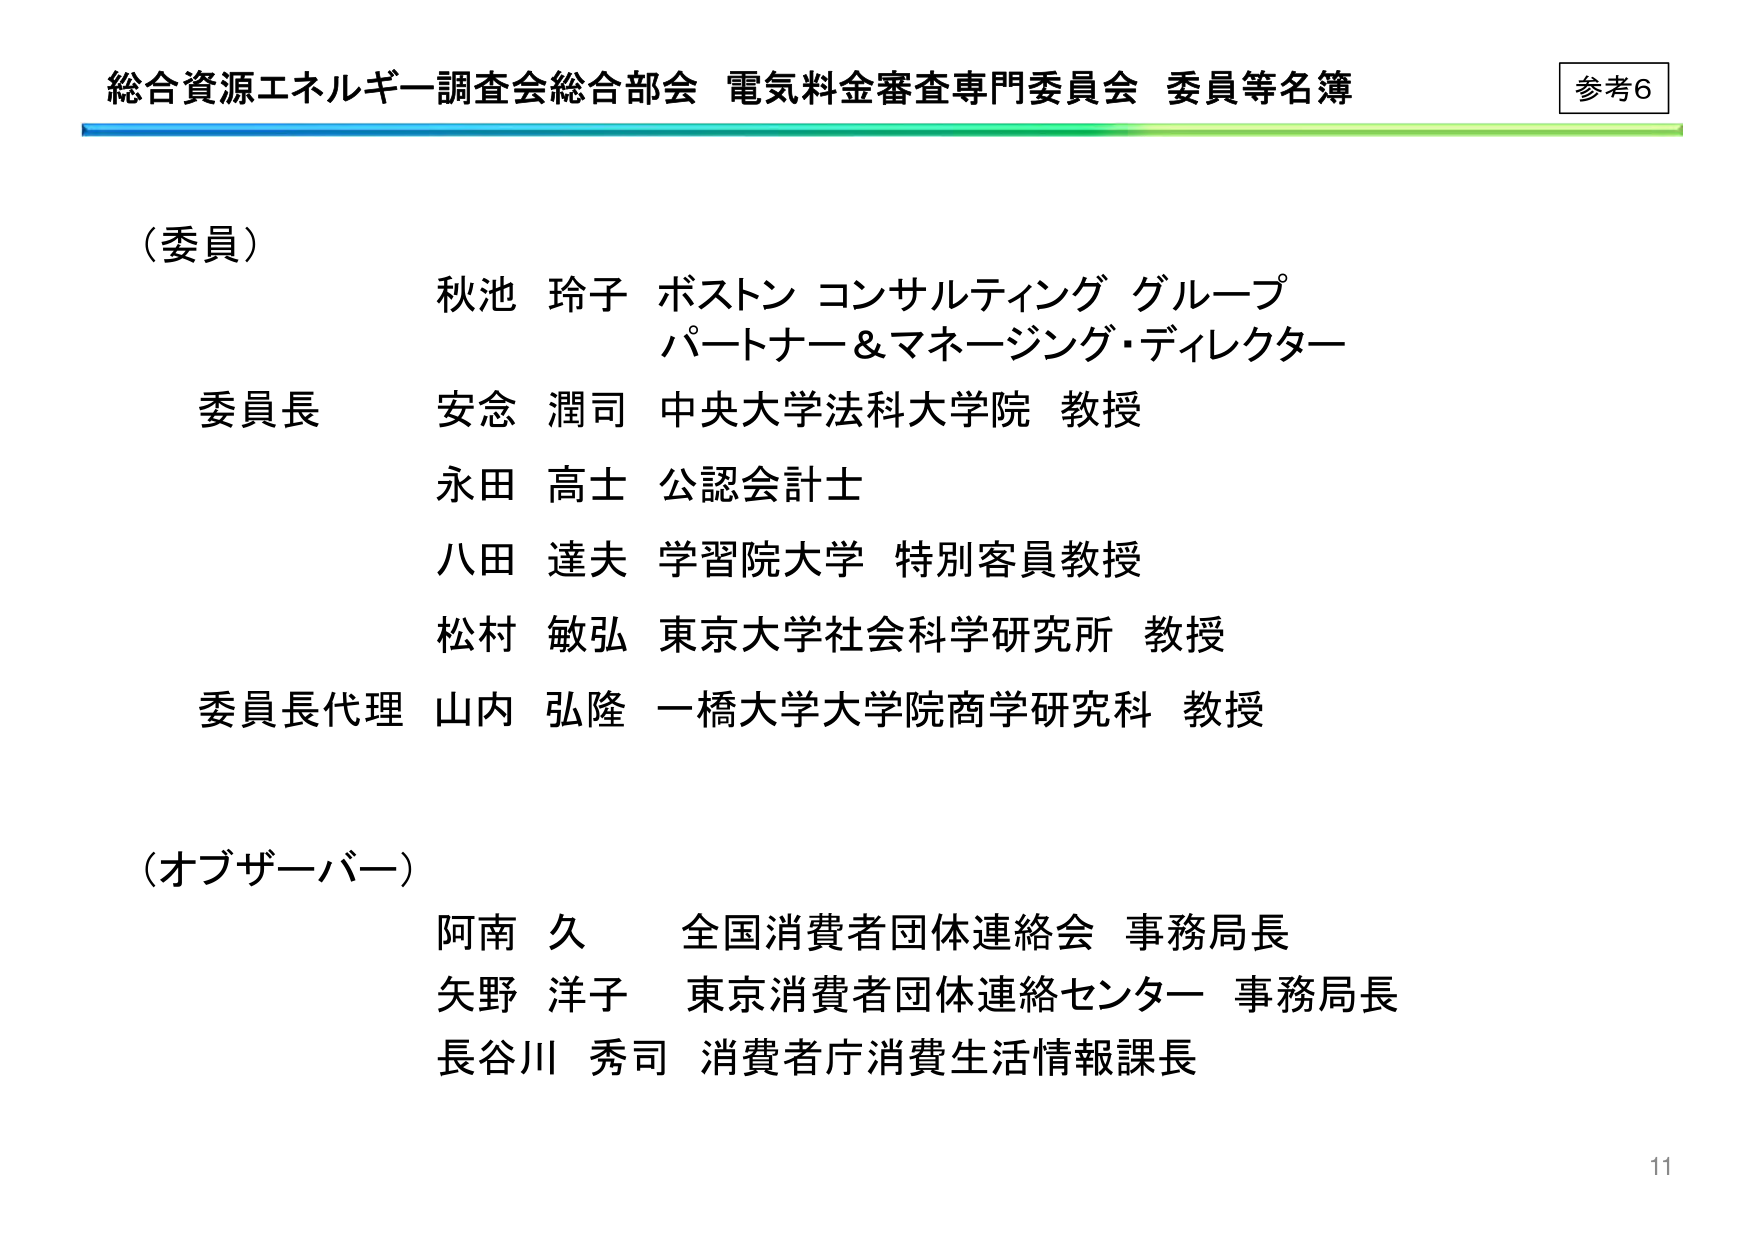
総合資源エネルギー調査会総合部会 電気料金審査専門委員会 委員等名簿
参考6

（委員）
秋池 玲子 ボストン コンサルティング グループ
パートナー＆マネージング・ディレクター
委員長 安念 潤司 中央大学法科大学院 教授
永田 高士 公認会計士
八田 達夫 学習院大学 特別客員教授
松村 敏弘 東京大学社会科学研究所 教授
委員長代理 山内 弘隆 一橋大学大学院商学研究科 教授

（オブザーバー）
阿南 久 全国消費者団体連絡会 事務局長
矢野 洋子 東京消費者団体連絡センター 事務局長
長谷川 秀司 消費者庁消費生活情報課長

11